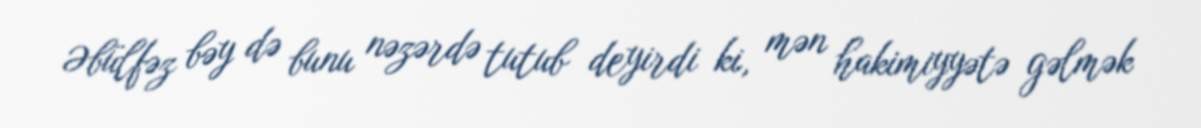
Əbülfəz bəy də bunu nəzərdə tutub deyirdi ki, mən hakimiyyətə gəlmək